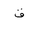
Letter: _qaf